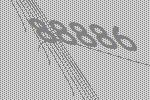
88886